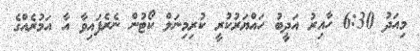
މިއަދު 6:30 ހާއިރު އަދީބު ހައްޔަރުކުރީ ކުރިމިނަލް ކޯޓުން ނެރެފައިވާ އާ އަމުރެއްގެ